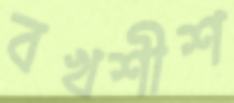
বখশীশ